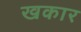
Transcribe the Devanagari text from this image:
खकार